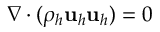
\nabla \cdot ( \rho _ { h } \mathbf u _ { h } \mathbf u _ { h } ) = 0